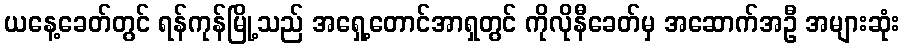
ယနေ့ခေတ်တွင် ရန်ကုန်မြို့သည် အရှေ့တောင်အာရှတွင် ကိုလိုနီခေတ်မှ အဆောက်အဦ အများဆုံး